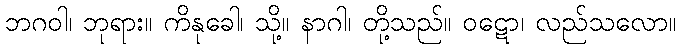
ဘဂဝါ၊ ဘုရား။ ကိနုခေါ၊ သို့။ နာဂါ၊ တို့သည်။ ဝဋော၊ လည်သလော။